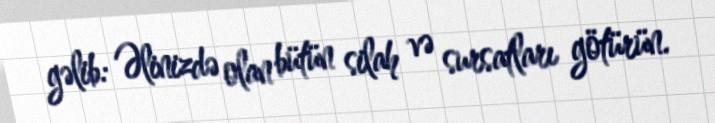
gəlib: Əlinizdə olan bütün silah və sursatları götürün.